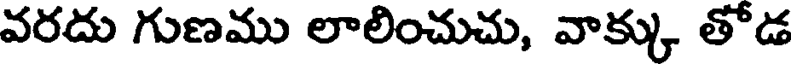
వరదు గుణము లాలించుచు, వాక్కు తోడ